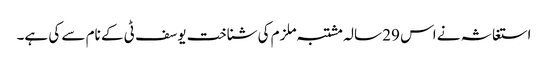
استغاثہ نے اس 29 سالہ مشتبہ ملزم کی شناخت یوسف ٹی کے نام سے کی ہے۔